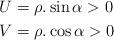
LaTeX: \begin{align*}U&=\rho .\sin \alpha >0 \\V&=\rho .\cos \alpha >0 \end{align*}